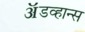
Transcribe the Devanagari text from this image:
ॲडव्हान्स